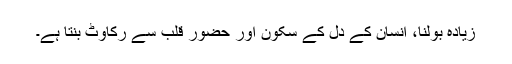
زیادہ بولنا، انسان کے دل کے سکون اور حضورِ قلب سے رکاوٹ بنتا ہے۔